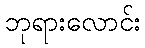
ဘုရားလောင်း